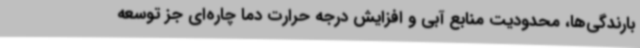
بارندگی‌ها، محدودیت منابع آبی و افزایش درجه حرارت دما چاره‌ای جز توسعه